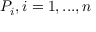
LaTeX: P _ { i } , i = 1 , . . . , n